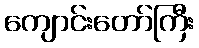
ကျောင်းတော်ကြီး